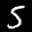
Label: 5